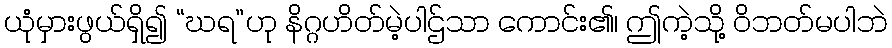
ယုံမှားဖွယ်ရှိ၍ “ဃရ”ဟု နိဂ္ဂဟိတ်မဲ့ပါဌ်သာ ကောင်း၏၊ ဤကဲ့သို့ ဝိဘတ်မပါဘဲ